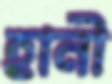
হানী